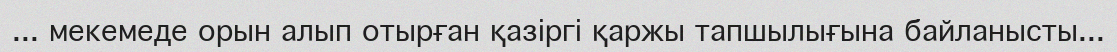
... мекемеде орын алып отырған қазіргі қаржы тапшылығына байланысты...